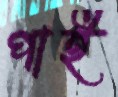
পাই